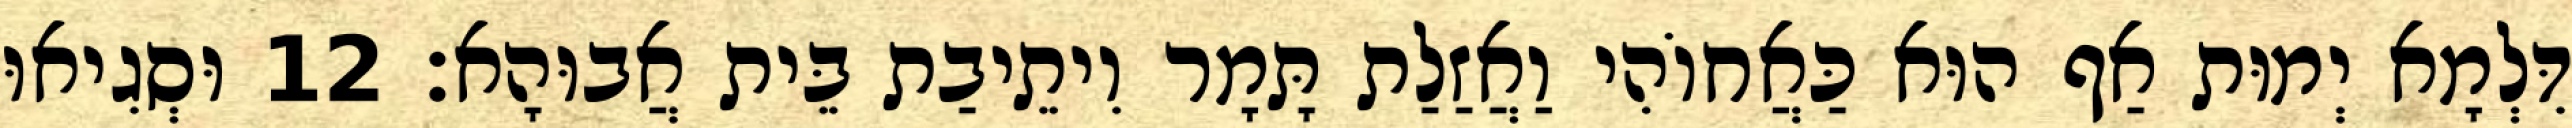
דִּלְמָא יְמוּת אַף הוּא כַּאֲחוֹהִי וַאֲזַלַת תָּמָר וִיתֵיבַת בֵּית אֲבוּהָא׃ 12 וּסְגִיאוּ